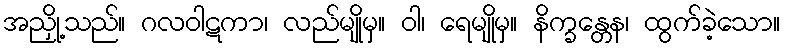
အညှို့သည်။ ဂလဝါဋကာ၊ လည်မျိုမှ။ ဝါ၊ ရေမျိုမှ။ နိက္ခန္တေန၊ ထွက်ခဲ့သော။